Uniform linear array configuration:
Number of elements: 16
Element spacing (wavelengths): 1
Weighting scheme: cosine
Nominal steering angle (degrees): -45
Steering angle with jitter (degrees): -45.194
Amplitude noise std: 0.05
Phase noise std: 0.05

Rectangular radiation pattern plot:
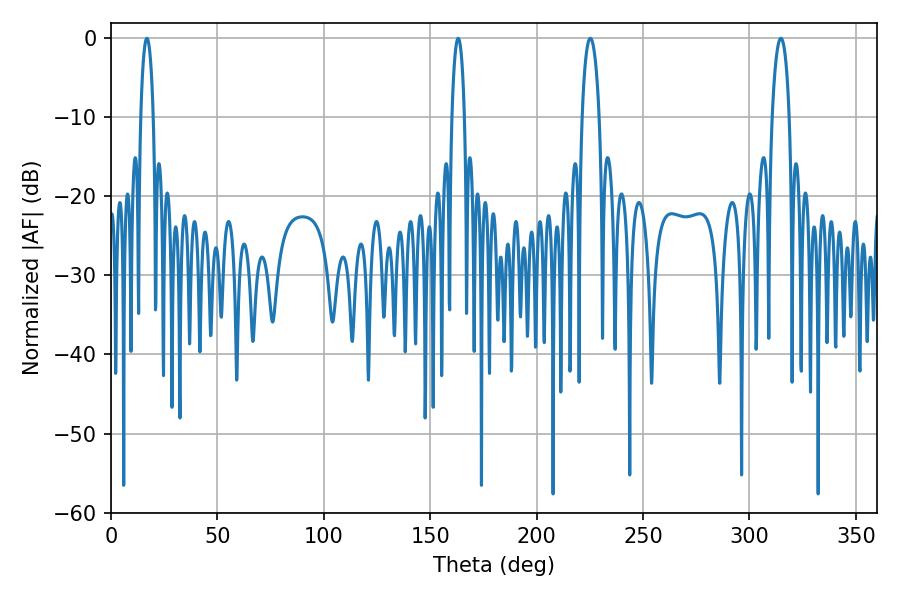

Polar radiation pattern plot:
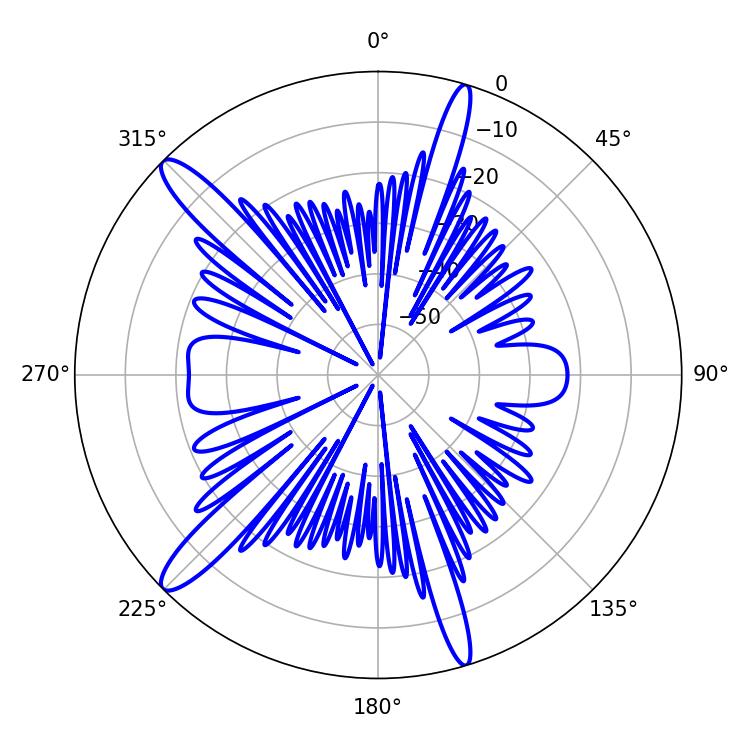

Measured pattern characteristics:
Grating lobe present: TRUE
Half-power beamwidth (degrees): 4.5
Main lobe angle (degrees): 225.18